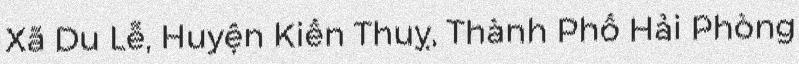
Xã Du Lễ, Huyện Kiến Thuỵ, Thành Phố Hải Phòng